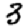
Digit: 3